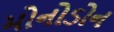
મોનોડોન